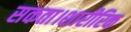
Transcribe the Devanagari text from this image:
सकता।शारीरिक